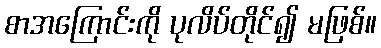
စာအကြောင်းကို ပုလိပ်တိုင်၍ မဖြစ်။